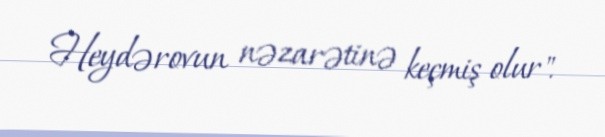
Heydərovun nəzarətinə keçmiş olur".